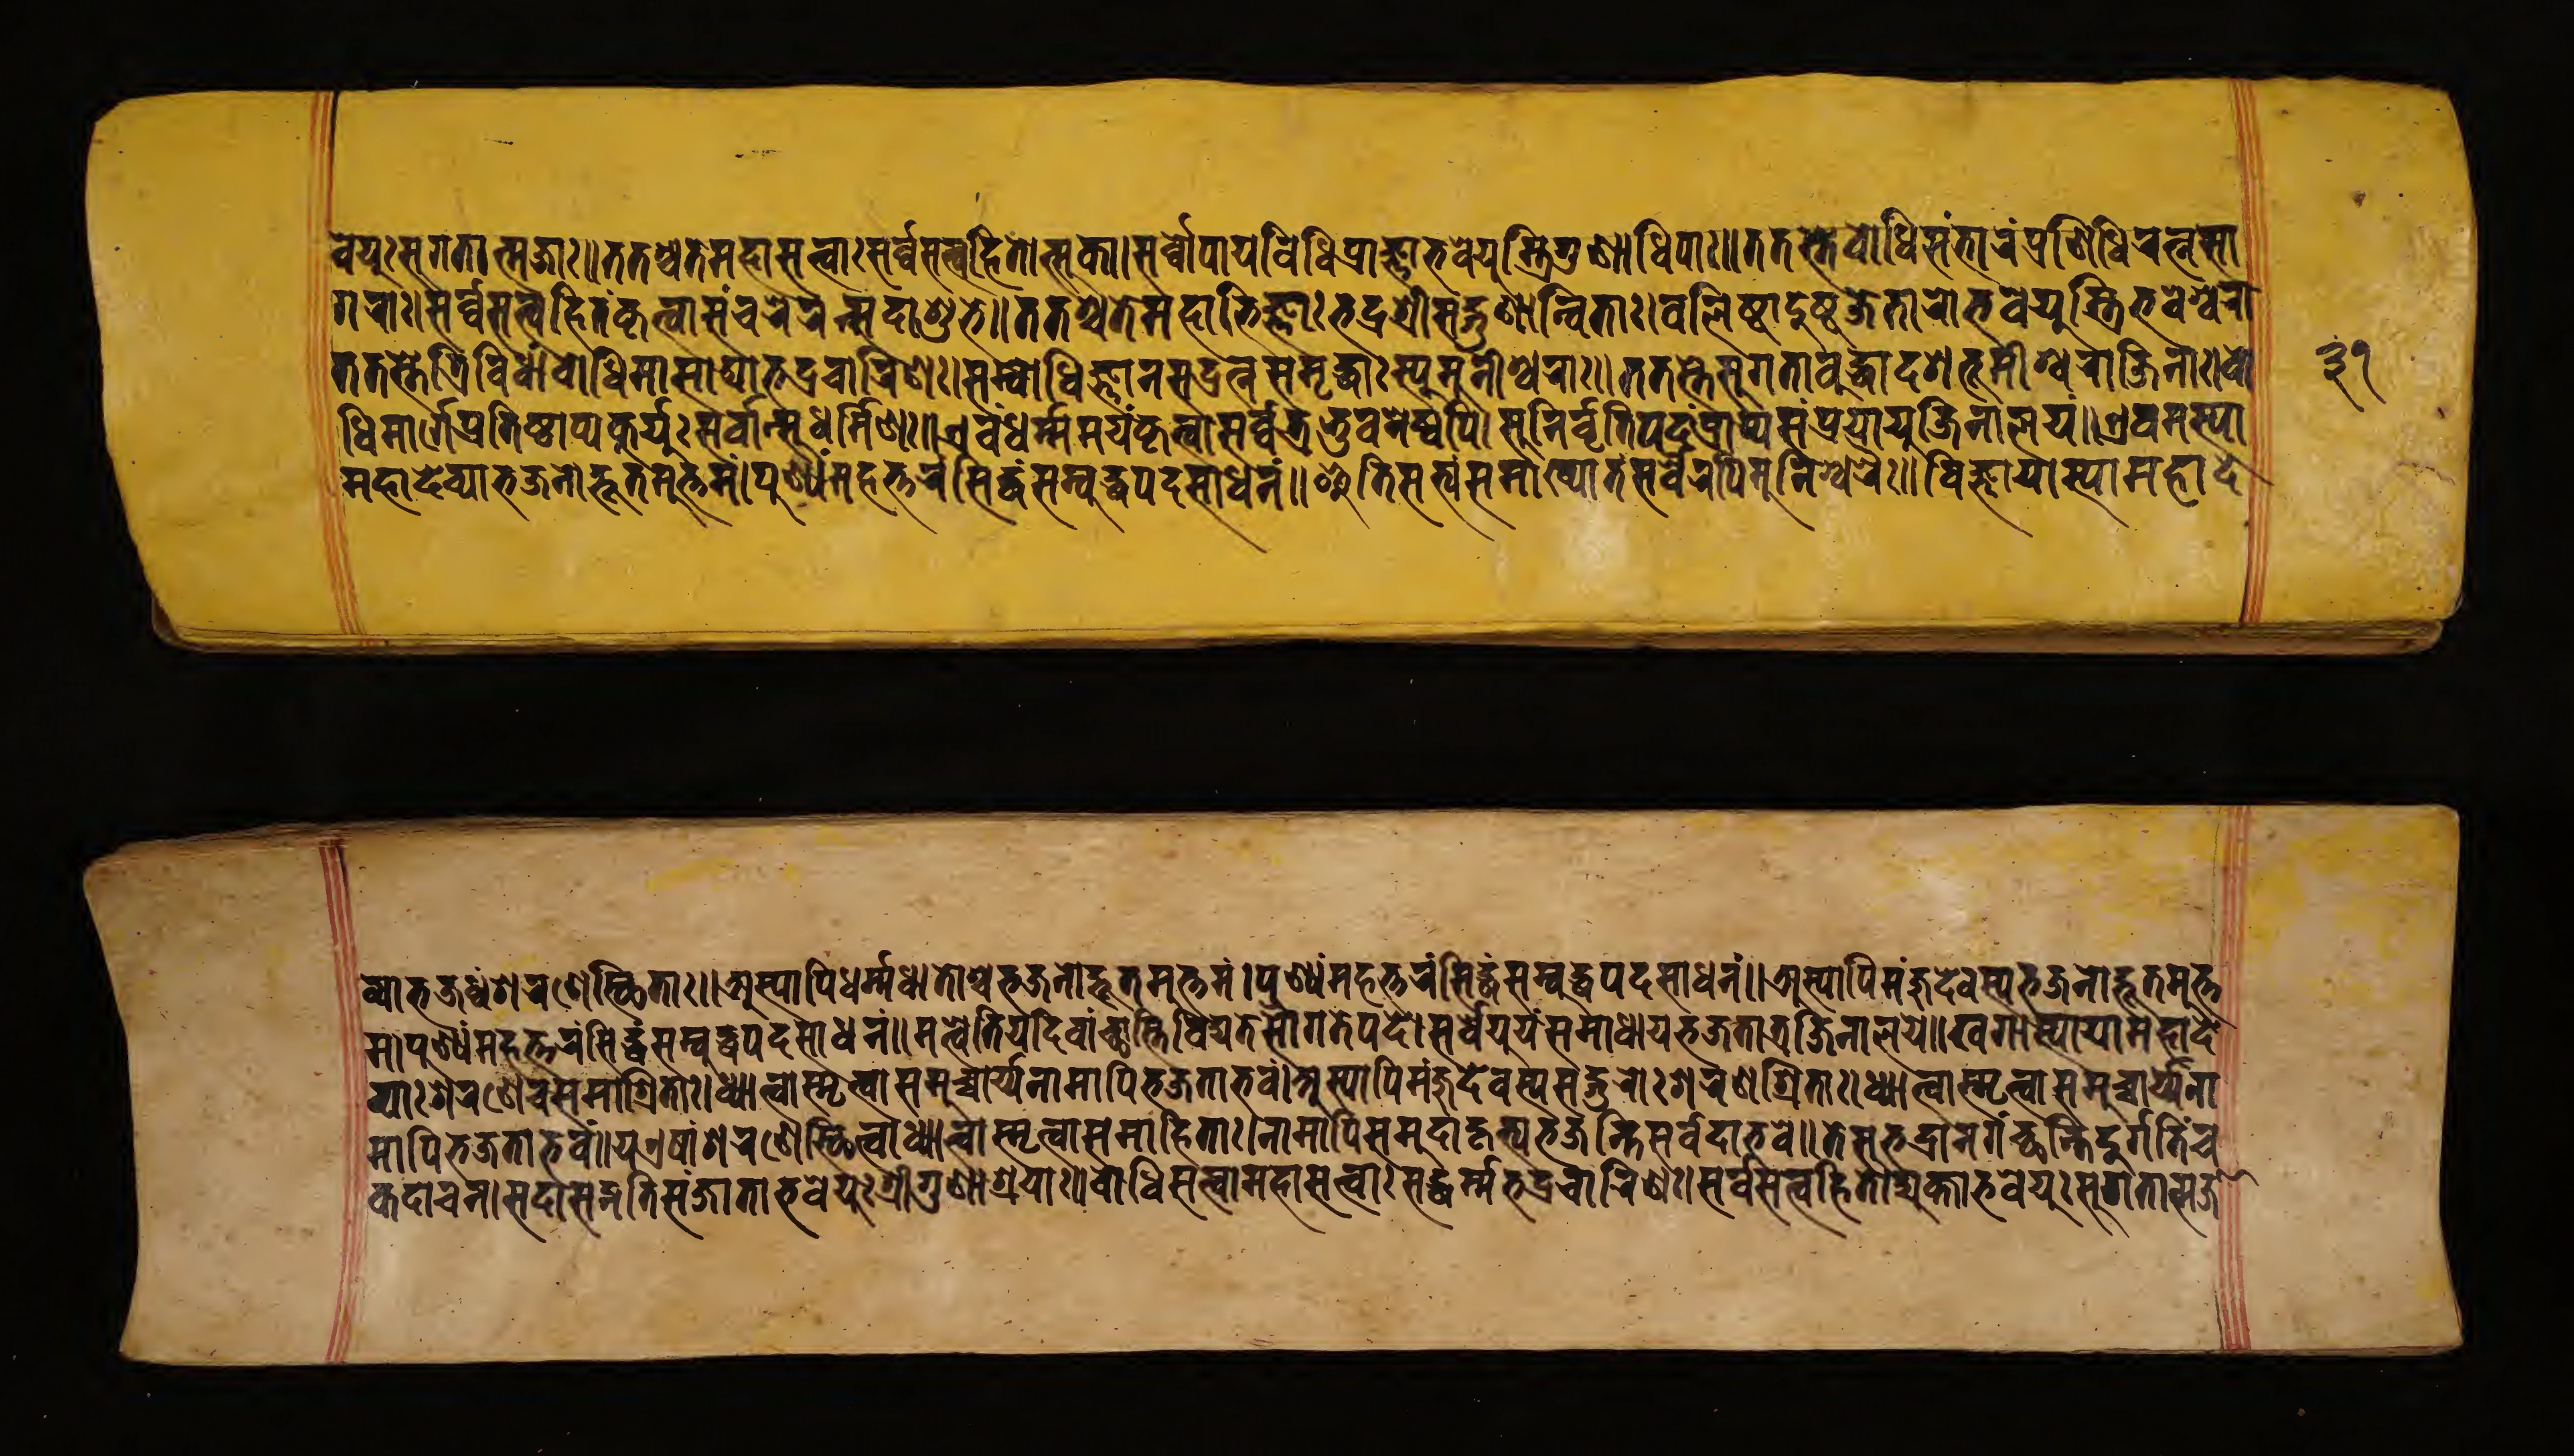
𑐰𑐾𑐫𑐸𑑅𑐳𑐸𑐐𑐟𑐵𑐟𑑂𑐩𑐖𑐵𑑅॥𑐟𑐟𑐱𑑂𑐔𑐟𑐾𑐳𑐴𑐵𑐳𑐟𑑂𑐟𑑂𑐰𑐵𑑅𑐳𑐬𑑂𑐰𑐾𑐳𑐟𑑂𑐟𑑂𑐰𑐵𑐴𑐶𑐟𑑀𑐟𑑂𑐳𑐸𑐎𑐵।𑐳𑐬𑑂𑐰𑐵𑐥𑐵𑐫𑐰𑐶𑐢𑐶𑐥𑑂𑐬𑐵𑐖𑑂𑐘𑐵𑐨𑐰𑐾𑐫𑐸𑐱𑑂𑐟𑑂𑐬𑐶𑐐𑐸𑐞𑐵𑐢𑐶𑐥𑐵𑑅॥𑐟𑐟𑐳𑑂𑐟𑐾𑐧𑑀𑐢𑐶𑐳𑑄𑐨𑐵𑐬𑐥𑑂𑐬𑐞𑐶𑐢𑐶𑐬𑐟𑑂𑐣𑐳𑐵 𑐐𑐬𑐵𑑅।𑐳𑐬𑑂𑐰𑐳𑐟𑑂𑐟𑑂𑐰𑐴𑐶𑐟𑑄𑐎𑐺𑐟𑑂𑐰𑐵𑐳𑑄𑐔𑐬𑐾𑐬𑑄𑐳𑐡𑐵𑐱𑐸𑐨𑐾॥𑐟𑐟𑐱𑑂𑐔𑐟𑐾𑐩𑐴𑐵𑐨𑐶𑐖𑑂𑐘𑐵𑑅𑐨𑐡𑑂𑐬𑐱𑑂𑐬𑐷𑐳𑐟𑑂𑐐𑐸𑐞𑐵𑐣𑑂𑐰𑐶𑐟𑐵𑑅।𑐰𑐮𑐶𑐲𑑂𑐛𑐵𑐡𑐸𑐲𑑂𑐚𑐖𑐾𑐟𑐵𑐬𑑀𑐨𑐰𑐾𑐫𑐸𑐳𑑂𑐟𑑂𑐬𑐶𑐨𑐰𑐾𑐱𑑂𑐰𑐬𑐵 𑐟𑐟𑐳𑑂𑐟𑐾𑐟𑑂𑐬𑐶𑐰𑐶𑐢𑐵𑑄𑐧𑑀𑐢𑐶𑐩𑐵𑐳𑐵𑐡𑑂𑐫𑐨𑐡𑑂𑐬𑐔𑐵𑐬𑐶𑐞𑑅।𑐳𑐩𑑂𑐧𑑀𑐢𑐶𑐖𑑂𑐘𑐵𑐣𑐳𑐡𑑂𑐬𑐣𑑂𑐟𑐳𑐩𑐺𑐡𑑂𑐢𑐵𑑅𑐳𑑂𑐫𑐸𑐬𑑂𑐩𑐸𑐣𑐷𑐱𑑂𑐰𑐬𑐵𑑅॥𑐟𑐟𑐳𑑂𑐟𑐾𑐳𑐸𑐐𑐟𑐵𑑅𑐧𑐸𑐡𑑂𑐢𑐵𑑅𑐡𑐱𑐨𑐹𑐩𑐷𑐱𑑂𑐰𑐬𑐵𑐖𑐶𑐣𑐵𑑅।𑐧𑑀 𑐢𑐶𑐩𑐵𑐬𑑂𑐐𑐾𑐥𑑂𑐬𑐟𑐶𑐲𑑂𑐛𑐵𑐥𑑂𑐫𑐎𑐹𑐬𑑂𑐫𑐸𑑅𑐳𑐬𑑂𑐰𑐵𑐣𑑂𑐳𑐸𑐢𑐬𑑂𑐩𑑂𑐩𑐶𑐞𑑅॥𑐊𑐰𑑄𑐢𑐬𑑂𑐩𑐩𑐫𑑄𑐎𑐺𑐟𑑂𑐰𑐵𑐳𑐬𑑂𑐰𑐟𑑂𑐬𑐨𑐸𑐰𑐣𑐾𑐲𑑂𑐰𑐥𑐶।𑐳𑐸𑐣𑐶𑐰𑐺𑐬𑑂𑐟𑐶𑐥𑐡𑑄𑐥𑑂𑐬𑐵𑐥𑑂𑐫𑐳𑑄𑐥𑑂𑐬𑐫𑐵𑐫𑐸𑐬𑑂𑐖𑐶𑐣𑐵𑐮𑐫𑑄॥𑐊𑐰𑐩𑐳𑑂𑐫𑐵 𑐩𑐴𑐵𑐡𑐾𑐰𑑂𑐫𑐵𑐨𑐖𑐣𑑀𑐴𑐹𑐟𑐩𑐸𑐎𑑂𑐟𑐩𑑄।𑐥𑐸𑐞𑑂𑐫𑑄𑐩𑐴𑐟𑑂𑐟𑐬𑑄𑐳𑐶𑐡𑑂𑐢𑑄𑐳𑐩𑑂𑐧𑐸𑐡𑑂𑐢𑐥𑐡𑐳𑐵𑐢𑐣𑑄॥𑐂𑐟𑐶𑐳𑐟𑑂𑐫𑑄𑐳𑐩𑐵𑐏𑑂𑐫𑐵𑐟𑑄𑐳𑐬𑑂𑐰𑐿𑐬𑐥𑐶𑐩𑐸𑐣𑐷𑐱𑑂𑐰𑐬𑐿𑑅॥𑐰𑐶𑐖𑑂𑐘𑐵𑐫𑐵𑐳𑑂𑐫𑐵𑐩𑐴𑐵𑐡𑐾 𑐰𑑂𑐫𑐵𑐨𑐖𑐢𑑂𑐰𑑄𑐱𑐬𑐞𑐾𑐳𑑂𑐠𑐶𑐟𑐵॥𑐀𑐳𑑂𑐫𑐵𑐥𑐶𑐢𑐬𑑂𑐩𑐢𑐵𑐟𑑁𑐱𑑂𑐔𑐨𑐖𑐣𑑀𑐡𑑂𑐨𑐹𑐟𑐩𑐸𑐎𑑂𑐟𑐩𑑄।𑐥𑐸𑐞𑑂𑐫𑑄𑐩𑐴𑐟𑑂𑐟𑐬𑑄𑐳𑐶𑐡𑑂𑐢𑑄𑐳𑐩𑑂𑐧𑐸𑐡𑑂𑐢𑐥𑐡𑐳𑐵𑐢𑐣𑑄॥𑐀𑐳𑑂𑐫𑐵𑐥𑐶𑐩𑐘𑑂𑐖𑐸𑐡𑐾𑐰𑐳𑑂𑐫𑑅𑐨𑐖𑐣𑑀𑐡𑑂𑐨𑐹𑐟𑐩𑐸𑐎𑑂𑐟 𑐩𑑄।𑐥𑐸𑐞𑑂𑐫𑑄𑐩𑐴𑐟𑑂𑐟𑐬𑑄𑐳𑐶𑐡𑑂𑐢𑑄𑐳𑐩𑑂𑐧𑐸𑐡𑑂𑐢𑐥𑐡𑐳𑐵𑐢𑐣𑑄॥𑐩𑐟𑑂𑐰𑐾𑐟𑐶𑐫𑐡𑐶𑐰𑑀𑐰𑐵𑑄𑐔𑑂𑐕𑐵𑐰𑐶𑐡𑑂𑐫𑐟𑐾𑐳𑑁𑐐𑐟𑐾𑐥𑐡𑐾।𑐳𑐬𑑂𑐰𑐾𑐫𑐹𑐫𑑄𑐳𑐩𑐵𑐢𑐵𑐫𑐨𑐖𑐟𑐵𑐣𑑂𑐟𑑂𑐬𑐖𑐶𑐣𑐵𑐮𑐫𑐾॥𑐏𑐐𑐵𑐣𑐣𑐵𑐳𑑂𑐫𑐵𑐫𑐵𑐩𑐴𑐵𑐡𑐾 𑐰𑑂𑐫𑐵𑑅𑐱𑐬𑐞𑐾𑐔𑐳𑐩𑐵𑐱𑑂𑐬𑐶𑐟𑐵𑑅।𑐢𑑂𑐫𑐵𑐟𑑂𑐰𑐵𑐳𑑂𑐩𑐺𑐟𑑂𑐰𑐵𑐳𑐩𑐸𑐔𑑂𑐔𑐵𑐬𑑂𑐫𑐣𑐵𑐩𑐵𑐥𑐶𑐨𑐖𑐟𑐵𑐨𑐰𑑄।𑐀𑐳𑑂𑐫𑐵𑐥𑐶𑐩𑑄𑐖𑐸𑐡𑐾𑐰𑐳𑑂𑐫𑐳𑐡𑑂𑐢𑐬𑑀𑑅𑐱𑐬𑐞𑐱𑑂𑐬𑐶𑐟𑐵𑑅॥𑐢𑑂𑐫𑐵𑐟𑑂𑐰𑐵𑐳𑑂𑐩𑐺𑐟𑑂𑐰𑐵𑐳𑐩𑐸𑐔𑑂𑐔𑐵𑐬𑑂𑐫𑐣𑐵 𑐩𑐵𑐥𑐶𑐨𑐖𑐟𑐵𑐨𑐰𑑄॥𑐫𑐊𑐲𑐵𑑄𑐱𑐬𑐞𑐾𑐳𑑂𑐠𑐶𑐟𑑂𑐰𑐵𑐢𑑂𑐫𑐵𑐟𑑂𑐰𑐵𑐳𑑂𑐩𑐺𑐟𑑂𑐰𑐵𑐳𑐩𑐵𑐴𑐶𑐟𑐵𑑅।𑐣𑐵𑐩𑐵𑐥𑐶𑐳𑐩𑐸𑐡𑐵𑐴𑐺𑐟𑑂𑐫𑐨𑐖𑐣𑑂𑐟𑐶𑐳𑐬𑑂𑐰𑐡𑐵𑐨𑐰𑐾॥𑐟𑐾𑐳𑐨𑐡𑑂𑐬𑐵𑐣𑐐𑐔𑑂𑐕𑐣𑑂𑐟𑐶𑐡𑐸𑐬𑑂𑐐𑑂𑐐𑐟𑐶𑑄𑐔 𑐎𑐡𑐵𑐔𑐣।𑐳𑐡𑐵𑐳𑐡𑑂𑐐𑐟𑐶𑐳𑑄𑐖𑐵𑐟𑐵𑐨𑐰𑐾𑐫𑐸𑑅𑐱𑑂𑐬𑐷𑐐𑐸𑐞𑐵𑐱𑑂𑐬𑐫𑐵𑑅॥𑐧𑑀𑐢𑐶𑐳𑐟𑑂𑐟𑑂𑐰𑐵𑐩𑐴𑐵𑐳𑐟𑑂𑐟𑑂𑐰𑐵𑐳𑐡𑑂𑐢𑐬𑑂𑐩𑐧𑑀𑐢𑐶𑐔𑐵𑐬𑐶𑐞𑑅।𑐳𑐬𑑂𑐰𑐳𑐟𑑂𑐟𑑂𑐰𑐴𑐶𑐟𑑀𑐡𑑂𑐫𑐸𑐎𑑂𑐟𑐵𑐨𑐰𑐾𑐫𑐸𑑅𑐳𑐸𑐐𑐟𑐵𑐟𑑂𑐩𑐖𑐵 𑑓𑑑